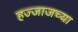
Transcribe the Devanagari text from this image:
हज्जाजच्या